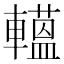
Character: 𨎽